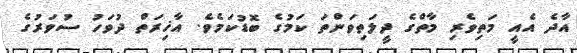
އާދެ އެއީ މަތިވެރި މާތްގެ ދީލަތިވަންތަ ކަމުގެ ބޮޑުކަމެވެ. އާޚިރަތް ދުވަހު ސުވަރުގެ